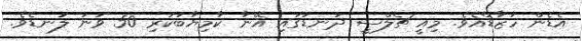
އެޑެން ހަޒާޑްއެވެ. މިއީ ޗެލްސީ ދަނޑުގައި އޭނާ ކާމިޔާބުކުރި 50 ވަނަ ލަނޑެވެ.